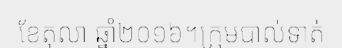
ខែតុលា ឆ្នាំ២០១៦។ក្រុមបាល់ទាត់